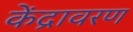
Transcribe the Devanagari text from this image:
केंद्रावरण